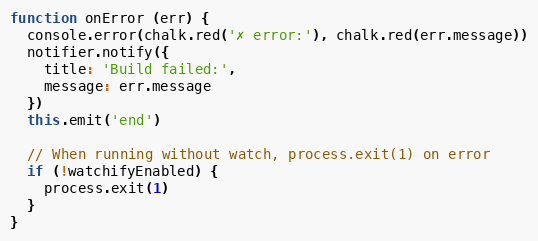
Language: JavaScript
function onError (err) {
  console.error(chalk.red('✗ error:'), chalk.red(err.message))
  notifier.notify({
    title: 'Build failed:',
    message: err.message
  })
  this.emit('end')

  // When running without watch, process.exit(1) on error
  if (!watchifyEnabled) {
    process.exit(1)
  }
}